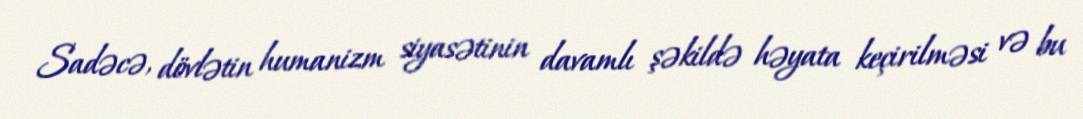
Sadəcə, dövlətin humanizm siyasətinin davamlı şəkildə həyata keçirilməsi və bu